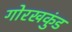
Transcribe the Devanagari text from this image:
गोरखकुंड